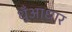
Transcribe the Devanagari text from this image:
धुँआधार